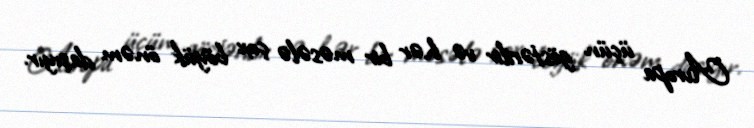
Avropa üçün göstərilir və hər bir məsələ çox böyük önəm daşıyır.